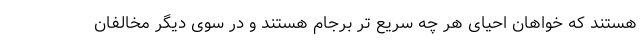
هستند که خواهان احیای هر چه سریع تر برجام هستند و در سوی دیگر مخالفان